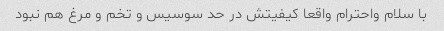
با سلام واحترام واقعا کیفیتش در حد سوسیس و تخم و مرغ هم نبود